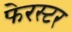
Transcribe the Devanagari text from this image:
फेरस्टर